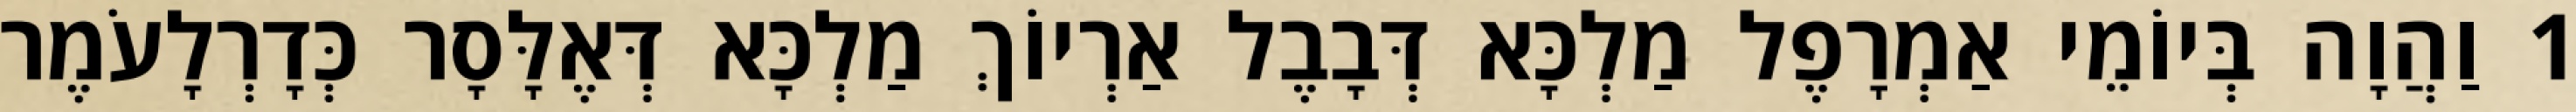
1 וַהֲוָה בְּיוֹמֵי אַמְרָפֶל מַלְכָּא דְּבָבֶל אַרְיוֹךְ מַלְכָּא דְּאֶלָּסָר כְּדָרְלָעֹמֶר